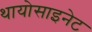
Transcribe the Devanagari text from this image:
थायोसाइनेट